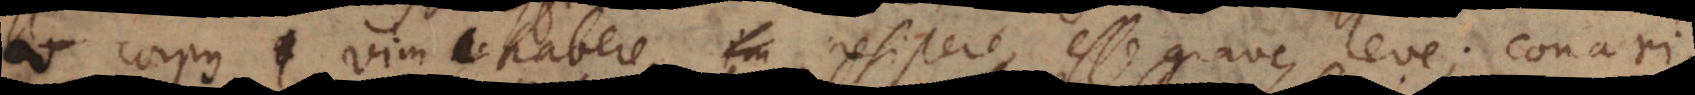
corpus vim habere, im resistere, esse grave, leve; conari,